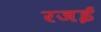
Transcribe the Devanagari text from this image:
रजई